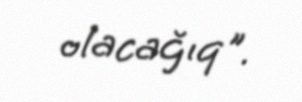
olacağıq".